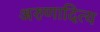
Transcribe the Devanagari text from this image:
अरुणादित्य